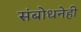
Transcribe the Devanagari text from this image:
संबोधनेही